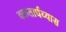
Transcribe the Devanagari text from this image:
वक्रतार्धव्यास